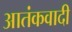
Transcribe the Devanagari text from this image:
आतंंकवादी